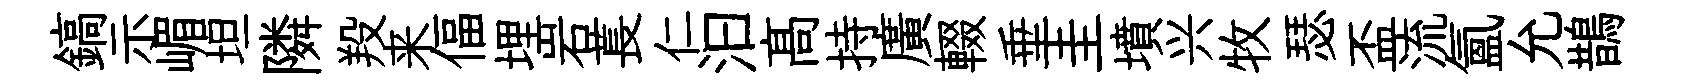
鎬示嵋坦隣羖来偪埋岩萇仁汩髙持廣輟垂圭墳兴牧瑟盃流氲允鵲